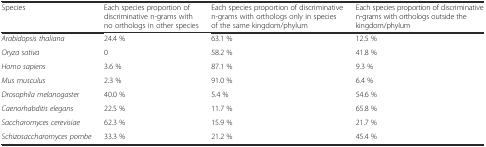
| Species | Each species proportion of discriminative n-grams with no orthologs in other species | Each species proportion of discriminative n-grams with orthologs only in species of the same kingdom/phylum | Each species proportion of discriminative n-grams with orthologs outside the kingdom/phylum |
 | --- | --- | --- | --- |
 | Arabidopsis thaliana | 24.4 % | 63.1 % | 12.5 % |
 | Oryza sativa | 0 | 58.2 % | 41.8 % |
 | Homo sapiens | 3.6 % | 87.1 % | 9.3 % |
 | Mus musculus | 2.3 % | 91.0 % | 6.4 % |
 | Drosophila melanogaster | 40.0 % | 5.4 % | 54.6 % |
 | Caenorhabditis elegans | 22.5 % | 11.7 % | 65.8 % |
 | Saccharomyces cerevisiae | 62.3 % | 15.9 % | 21.7 % |
 | Schizosaccharomyces pombe | 33.3 % | 21.2 % | 45.4 % |